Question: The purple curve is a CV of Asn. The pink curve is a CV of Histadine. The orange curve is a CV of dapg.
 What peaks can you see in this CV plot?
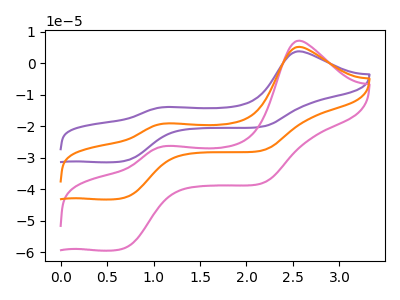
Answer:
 <answer>The purple curve "Asn" has anodic peaks at (2.55V, 10.45uA) (1.15V, -38.25uA) and cathodic peaks at (0.70V, -85.45uA) (2.15V, -55.45uA). The pink curve "Histadine" has anodic peaks at (2.55V, 7.20uA) (1.15V, -26.30uA) and cathodic peaks at (0.70V, -58.75uA) (2.15V, -38.15uA). The orange curve "dapg" has anodic peaks at (2.55V, 5.25uA) (1.15V, -19.10uA) and cathodic peaks at (0.70V, -42.70uA) (2.15V, -27.70uA).</answer>
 <eval></eval>